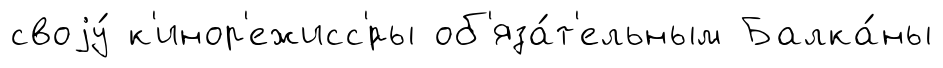
своjу́ к'инор'ежисс'́ры об'яза́т'ельным Балка́ны